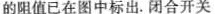
的阻值已在图中标出。闭合开关